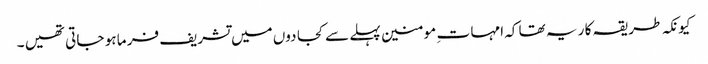
کیونکہ طر یقہ کا ر یہ تھا کہ امہا ت ِ مو منین پہلے سے کجا دوں میں تشریف فر ما ہو جا تی تھیں ۔